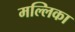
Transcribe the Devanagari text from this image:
मल्‍लिका